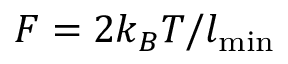
F = 2 k _ { B } T / l _ { \mathrm { m i n } }